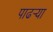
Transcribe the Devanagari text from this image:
पाढर्‍या